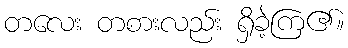
တလေး တစားလည်း ရှိခဲ့ကြ၏။